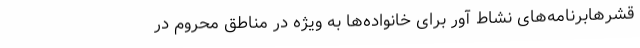
قشرهابرنامه‌های نشاط آور برای خانواده‌ها به ویژه در مناطق محروم در